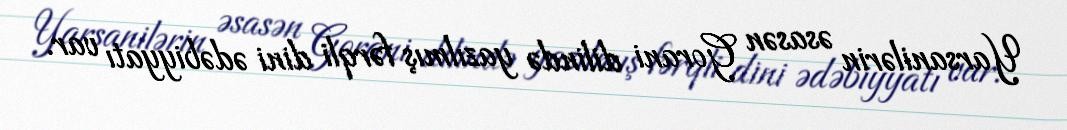
Yarsanilərin əsasən Gorani dilində yazılmış fərqli dini ədəbiyyatı var.